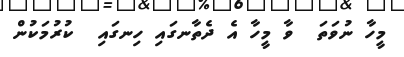
މީހާ ނުވަތަ  ވާ މީހާ އެ ދެތާނގައި ހިނގައި  ކުރުމަކުން